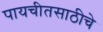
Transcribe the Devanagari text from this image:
पायचीतसाठीचे